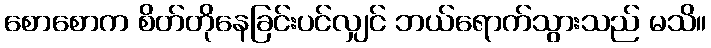
စောစောက စိတ်တိုနေခြင်းပင်လျှင် ဘယ်ရောက်သွားသည် မသိ။